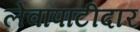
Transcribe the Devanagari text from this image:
लेवापाटीदार